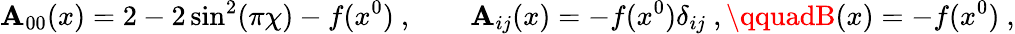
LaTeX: \mathbf{A}_{00}(x)=2-2\sin^{2}(\pi\chi)-f(x^{0})\ ,\qquad\mathbf{A}_{ij}(x)=-f(x^{0})\delta_{ij}\ ,\qquadB(x)=-f(x^{0})\ ,